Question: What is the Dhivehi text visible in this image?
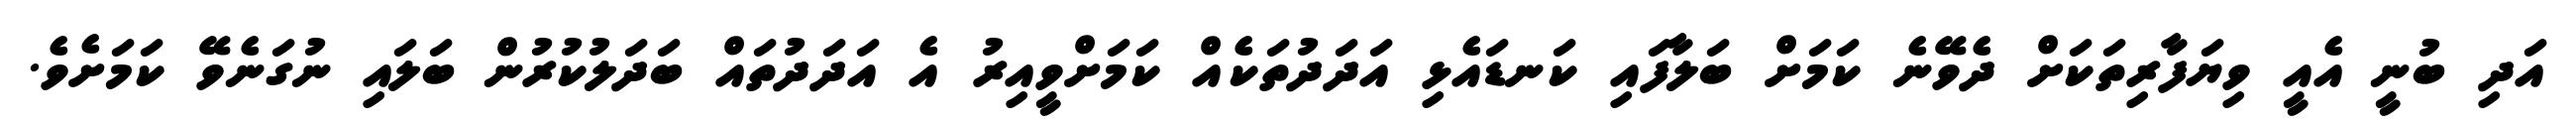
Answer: އަދި ބުނީ އެއީ ވިޔަފާރިތަކަށް ދެވޭނެ ކަމަށް ބަލާފައި ކަނޑައެޅި އަދަދުތަކެއް ކަމަށްވީއިރު އެ އަދަދުތައް ބަދަލުކުރުން ބަލައި ނުގަނެވޭ ކަމަށެވެ.